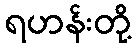
ရဟန်းတို့